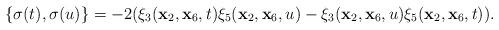
LaTeX: \begin{align*}\{\sigma(t),\sigma(u)\}=-2(\xi_3({\mathbf{x}}_2,{\mathbf{x}}_6,t)\xi_5({\mathbf{x}}_2,{\mathbf{x}}_6,u)-\xi_3({\mathbf{x}}_2,{\mathbf{x}}_6,u)\xi_5({\mathbf{x}}_2,{\mathbf{x}}_6,t)). \end{align*}